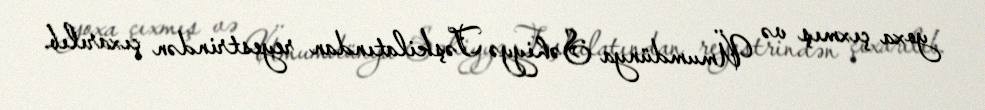
yoxa çıxmış və Ümumdünya Səhiyyə Təşkilatından reyestrindən çıxarılıb.